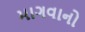
માગવાનો